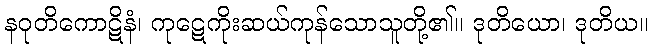
နဝုတိကောဋိနံ၊ ကုဋေကိုးဆယ်ကုန်သောသူတို့၏။ ဒုတိယော၊ ဒုတိယ။